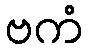
ဗကံ